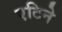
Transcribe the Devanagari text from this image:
एटिने